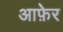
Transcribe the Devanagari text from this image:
आफ़ेर